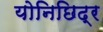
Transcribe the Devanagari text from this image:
योनिछिद्र